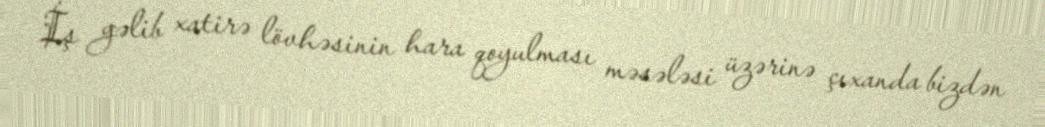
İş gəlib xatirə lövhəsinin hara qoyulması məsələsi üzərinə çıxanda bizdən